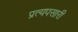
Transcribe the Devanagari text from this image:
प्रत्यपसारी